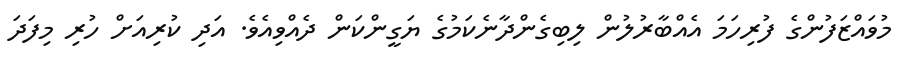
މުވައްޒަފުންގެ ފުރިހަމަ އެއްބާރުލުން ލިބިގެންދާނެކަމުގެ ޔަގީންކަން ދެއްވިއެވެ. އަދި ކުރިއަށް ހުރި މިފަދަ